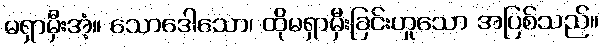
မရှာမှီးအံ့။ သောဒေါသော၊ ထိုမရှာမှီးခြင်းဟူသော အပြစ်သည်။